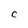
Character: C